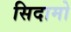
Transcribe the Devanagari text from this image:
सिदामो